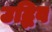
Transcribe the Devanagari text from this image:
उद्भिव